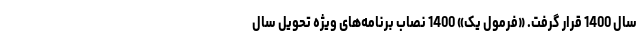
سال 1400 قرار گرفت. «فرمول یک» 1400 نصاب برنامه‌های ویژه تحویل سال